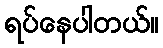
ရပ်နေပါတယ်။